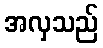
အလှသည်